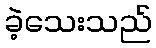
ခဲ့သေးသည်